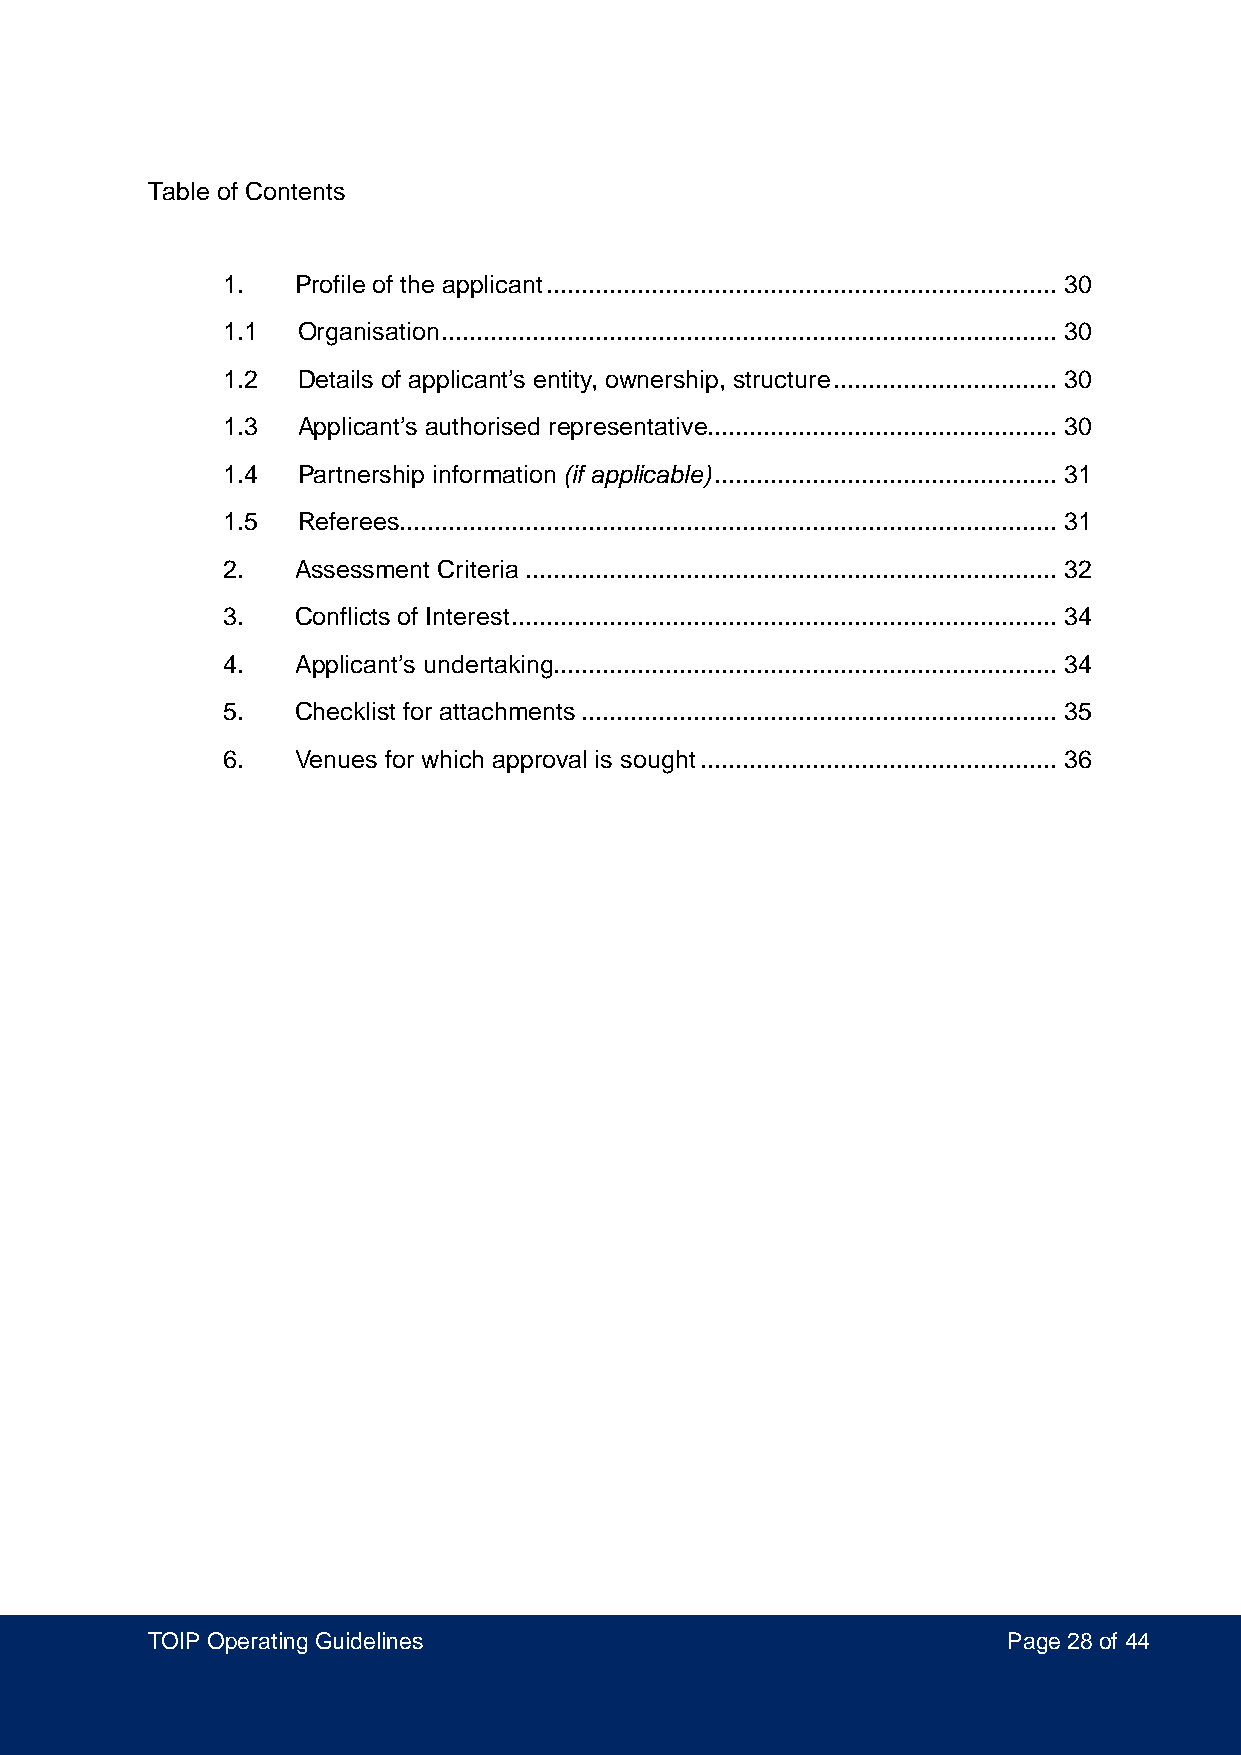
Table of Contents
 1.   Profile of the applicant ......................................................................... 30
 1.1  Organisation ........................................................................................ 30
 1.2  Details of applicant’s entity, ownership, structure ................................ 30
 1.3  Applicant’s authorised representative.................................................. 30
 1.4  Partnership information (if applicable) ................................................. 31
 1.5  Referees.............................................................................................. 31
 2.   Assessment Criteria ............................................................................ 32
 3.   Conflicts of Interest .............................................................................. 34
 4.   Applicant’s undertaking........................................................................ 34
 5.   Checklist for attachments .................................................................... 35
 6.   Venues for which approval is sought ................................................... 36
 TOIP Operating Guidelines                                Page 28 of 44